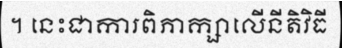
។ នេះជាការពិភាក្សាលើនីតិវិធី